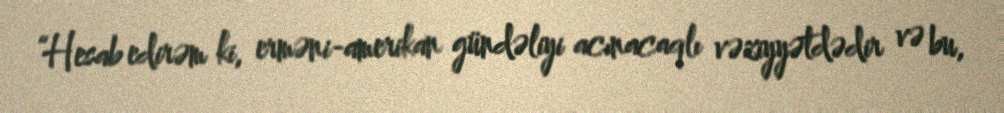
“Hesab edirəm ki, erməni-amerikan gündəliyi acınacaqlı vəziyyətdədir və bu,